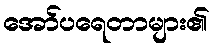
အော်ပရေတာများ၏